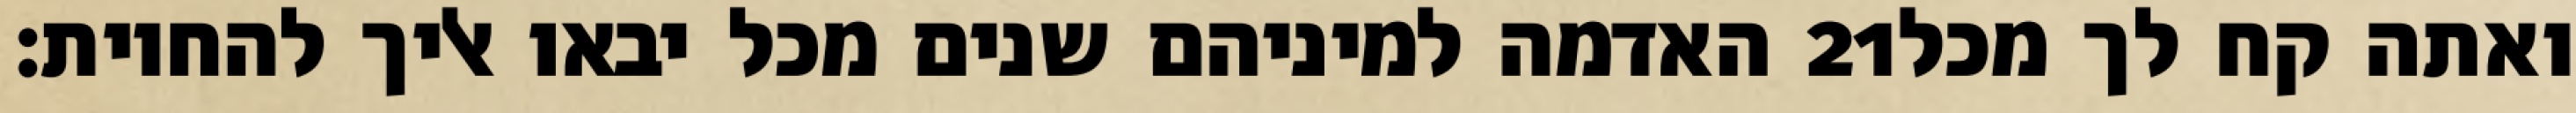
האדמה למיניהם שנים מכל יבאו אליך להחיות׃ ‎21‏ ואתה קח לך מכל